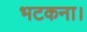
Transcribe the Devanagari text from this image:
भटकना।